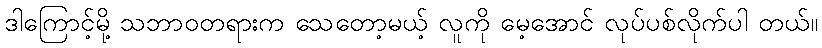
ဒါကြောင့်မို့ သဘာဝတရားက သေတော့မယ့် လူကို မေ့အောင် လုပ်ပစ်လိုက်ပါ တယ်။